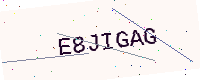
Text: E8JIGAG